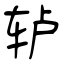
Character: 轳